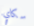
سكاي